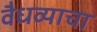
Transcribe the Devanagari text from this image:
वैधव्याचा